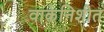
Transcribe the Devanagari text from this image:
वाकेनिशीत